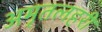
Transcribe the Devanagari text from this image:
अमृतलहरी